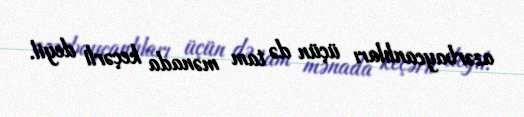
azərbaycanlıları üçün də tam mənada keçərli deyil.